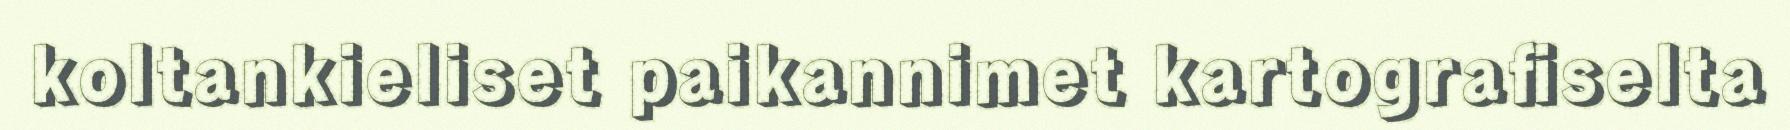
koltankieliset paikannimet kartografiselta